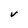
Character: V